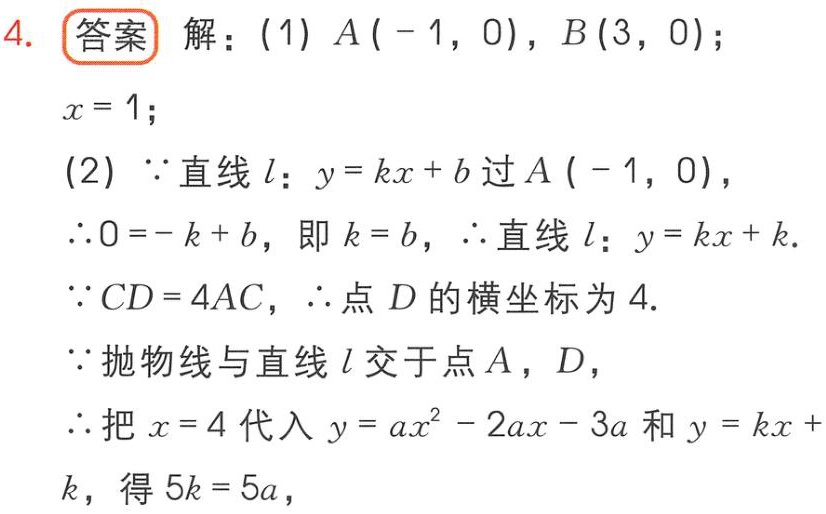
4. 答案 解：(1) \(A(-1,0)\)，\(B(3,0)\)；
\(x = 1\)；
(2) \(\because\)直线\(l\)：\(y=kx + b\)过\(A(-1,0)\)，
\(\therefore0=-k + b\)，即\(k = b\)，\(\therefore\)直线\(l\)：\(y=kx + k\).
\(\because CD = 4AC\)，\(\therefore\)点\(D\)的横坐标为\(4\).
\(\because\)抛物线与直线\(l\)交于点\(A\)，\(D\)，
\(\therefore\)把\(x = 4\)代入\(y = ax^{2}-2ax - 3a\)和\(y=kx + k\)，得\(5k = 5a\)，